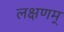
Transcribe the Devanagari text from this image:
लक्षणम्